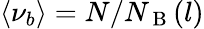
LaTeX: \langle\nu_{b}\rangle=N/N_{\mathrm{~B~}}(l)